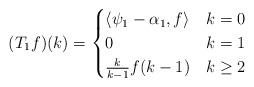
LaTeX: \begin{align*}(T_1f)(k) =\begin{cases}\langle \psi_1-\alpha_1, f\rangle & k = 0 \\0 & k = 1 \\\frac{k}{k-1} f(k-1) & k \ge 2\end{cases}\end{align*}